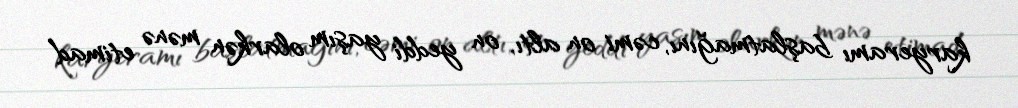
karyeramı başlatmağını, cəmi on altı, on yeddi yaşım olarkən mənə etimad